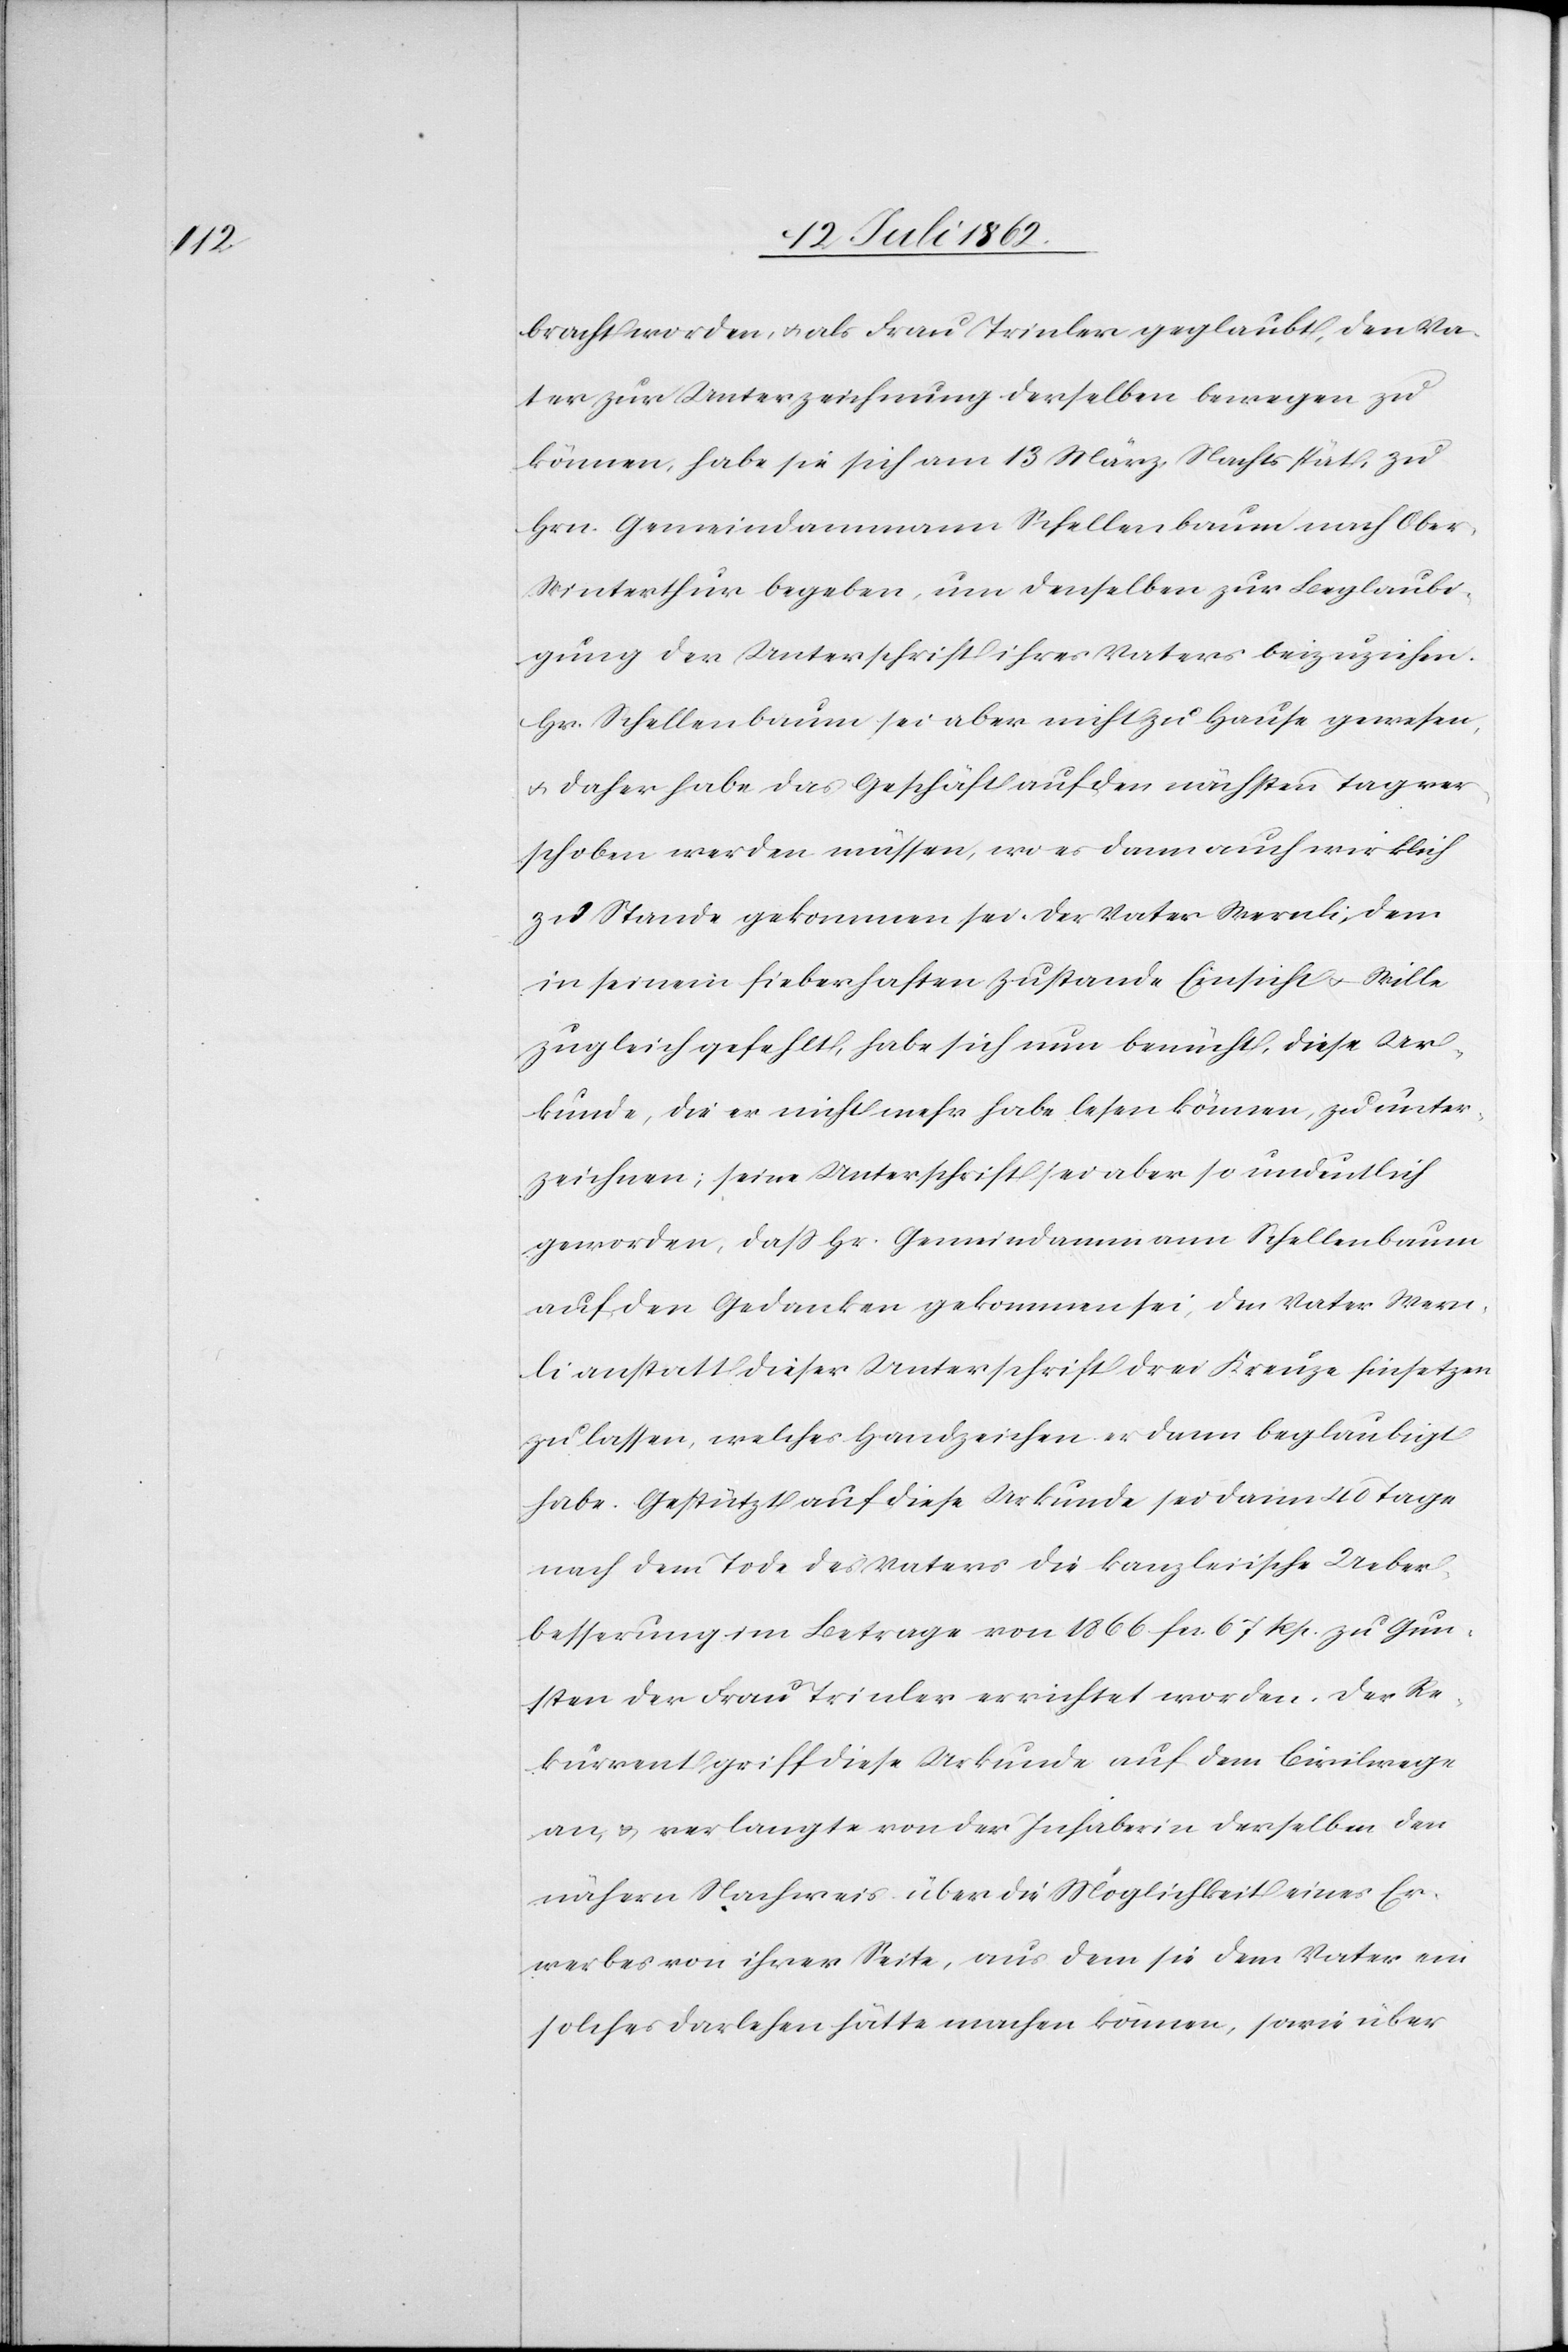
bracht worden, u. als Frau Trinler geglaubt, den Va¬
ter zur Unterzeichnung derselben bewegen zu
können, habe sie sich am 13. März Nachts spät zu
Hrn. Gemeindammann Schellenbaum nach Ober-W¬
interthur begeben, um denselben zur Beglaubi¬
gung der Unterschrift ihres Vaters beizuziehen.
Hr. Schellenbaum sei aber nicht zu Hause gewesen,
u. daher habe das Geschäft auf den nächsten Tag ver¬
schoben werden müssen, wo es dann auch wirklich
zu Stande gekommen sei. Der Vater Wernli, dem
in seinem fieberhaften Zustande Einsicht u. Wille
zugleich gefehlt, habe sich nun bemüht, diese Ur¬
kunde, die er nicht mehr habe lesen können, zu unter¬
zeichnen, seine Unterschrift sei aber so undeutlich
geworden, daß Hr. Gemeindammann Schellenbaum
auf den Gedanken gekommen sei, den Vater Wern¬
li anstatt dieser Unterschrift drei Kreuze hinsetzen
zu lassen, welches Handzeichen er dann beglaubigt
habe. Gestützt auf diese Urkunde sei dann 40 Tage
nach dem Tode des Vaters die kanzleiische Ueber¬
besserung im Betrage von 1866 fcs. 67 Rp. zu Gun¬
sten der Frau Trinler errichtet worden. Der Re¬
kurrent griff diese Urkunde auf dem Civilwege
an, u. verlangte von der Inhaberin derselben den
nähern Nachweis über die Möglichkeit eines Er¬
werbes von ihrer Seite, aus dem sie dem Vater ein
solches Darlehen hätte machen können, sowie über